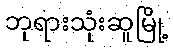
ဘုရားသုံးဆူမြို့